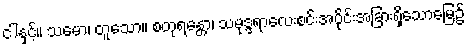
ငါနှင့်။ သမော၊ တူသော။ စတုရန္တော၊ သမုဒ္ဒရာလေးစင်းအပိုင်းအခြားရှိသောမြေ၌